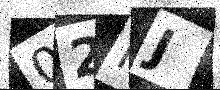
Text: 02MJ